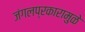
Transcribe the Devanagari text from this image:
जंगलप्रकारामुळे